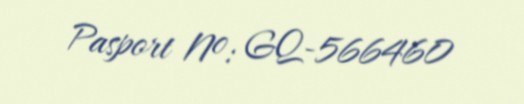
Pasport №: GQ-566460